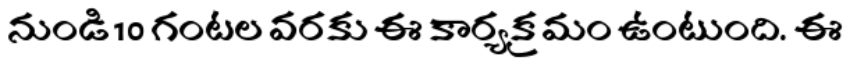
నుండి 10 గంటల వరకు ఈ కార్యక్రమం ఉంటుంది. ఈ